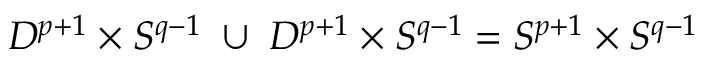
D ^ { p + 1 } \times S ^ { q - 1 } \; \cup \; D ^ { p + 1 } \times S ^ { q - 1 } = S ^ { p + 1 } \times S ^ { q - 1 }